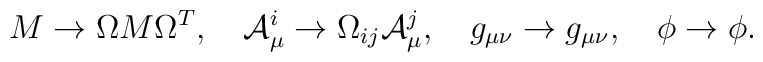
M \to \Omega M \Omega^T ,\ \ \ {\cal A}^i_{\mu} \to \Omega_{ij}{\cal A}^j_{\mu}, \ \ \ g_{\mu\nu} \to g_{\mu\nu}, \ \ \ \phi \to \phi .